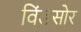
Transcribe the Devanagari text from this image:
विंडसोर